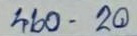
460 - 20